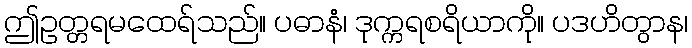
ဤဥတ္တရမထေရ်သည်။ ပဓာနံ၊ ဒုက္ကရစရိယာကို။ ပဒဟိတွာန၊